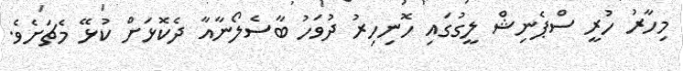
މިހާރު ހުރީ ސްޕެނިޝް ލީގުގައި ހޮނިހިރު ދުވަހު ބާސެލޯނާއާ ދެކޮޅަށް ކުޅޭ މެޗަށެވެ.